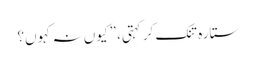
ستارہ تنک کر کہتی، ”کیوں نہ کہوں؟